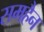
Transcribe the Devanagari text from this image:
समहैन